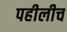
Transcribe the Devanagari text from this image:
पहीलीच